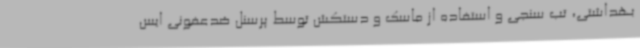
بهداشتی، تب سنجی و استفاده از ماسک و دستکش توسط پرسنل ضدعفونی ایس